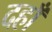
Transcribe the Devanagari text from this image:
दहाँ